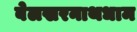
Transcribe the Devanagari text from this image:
बेलखरनाथधाम